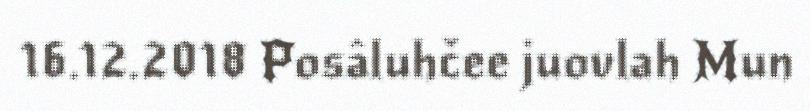
16.12.2018 Posâluhčee juovlah Mun